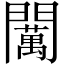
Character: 𨷈